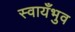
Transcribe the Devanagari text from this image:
स्वायँभुव